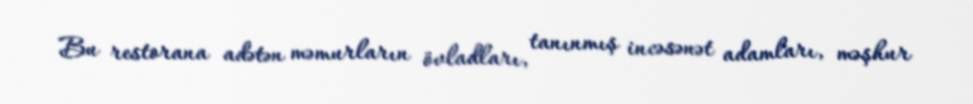
Bu restorana adətən məmurların övladları, tanınmış incəsənət adamları, məşhur